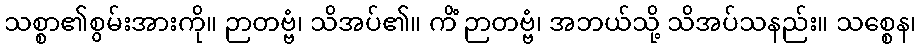
သစ္စာ၏စွမ်းအားကို။ ဉာတဗ္ဗံ၊ သိအပ်၏။ ကိံ ဉာတဗ္ဗံ၊ အဘယ်သို့ သိအပ်သနည်း။ သစ္စေန၊